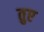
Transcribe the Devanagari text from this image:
तुए